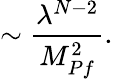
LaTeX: \sim{\frac{\lambda^{N-2}}{M_{Pf}^{2}}}.